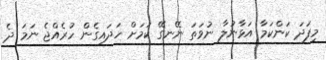
މިފަދަ ކަންކަމާ އަޅާނުލާ ނުވަތަ ނޭނގޭ ކަމަށް ހަދައިގެން ހުރެއްޖެ ނަމަ ދެ